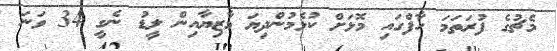
މެޗުގެ ފުރަތަމަ ހާފްގައި މޮޅަށް ކުޅެމުންދިޔަ މާޒިޔާއިން ލީޑު ނެގީ 34 ވަނަ